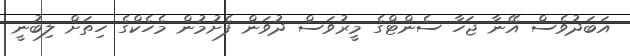
އަބަދުވެސް އޭނާ ޖަހާ ސެންޓްގެ މީރުވަސް ދުވަން ފެށުމުން މެހެކްގެ ހިތަށް ލިބުނީ